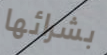
بشرائها